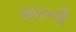
મારની